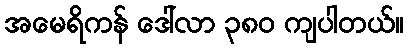
အမေရိကန် ဒေါ်လာ ၃၈၀ ကျပါတယ်။